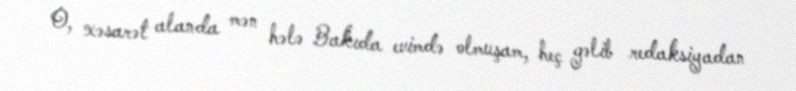
O, xəsarət alanda mən hələ Bakıda evimdə olmuşam, heç gəlib redaksiyadan